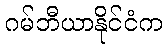
ဂမ်ဘီယာနိုင်ငံက